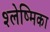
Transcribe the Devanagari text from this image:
श्‍लेष्मिका